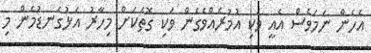
އެހެން ނަމަވެސް އެއީ ވަކި އުމުރެއްވެގެން ވަކި ގޮތަކަށް މިހާރު އަޅުގަނޑުމެން މި